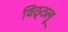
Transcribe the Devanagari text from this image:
विठ्ठलू